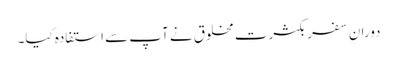
دورانِ سفر بکثرت مخلوق نے آپ سے استفادہ کیا۔